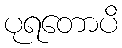
ပုရတောပိ